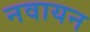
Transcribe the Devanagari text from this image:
नवायन